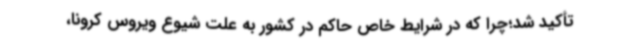
تأکید شد؛چرا که در شرایط خاص حاکم در کشور به علت شیوع ویروس کرونا،